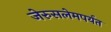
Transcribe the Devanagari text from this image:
जेरुसलेमपर्यंत